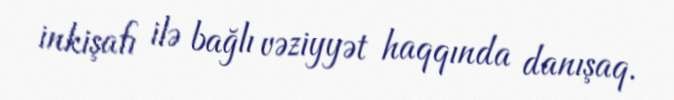
inkişafı ilə bağlı vəziyyət haqqında danışaq.